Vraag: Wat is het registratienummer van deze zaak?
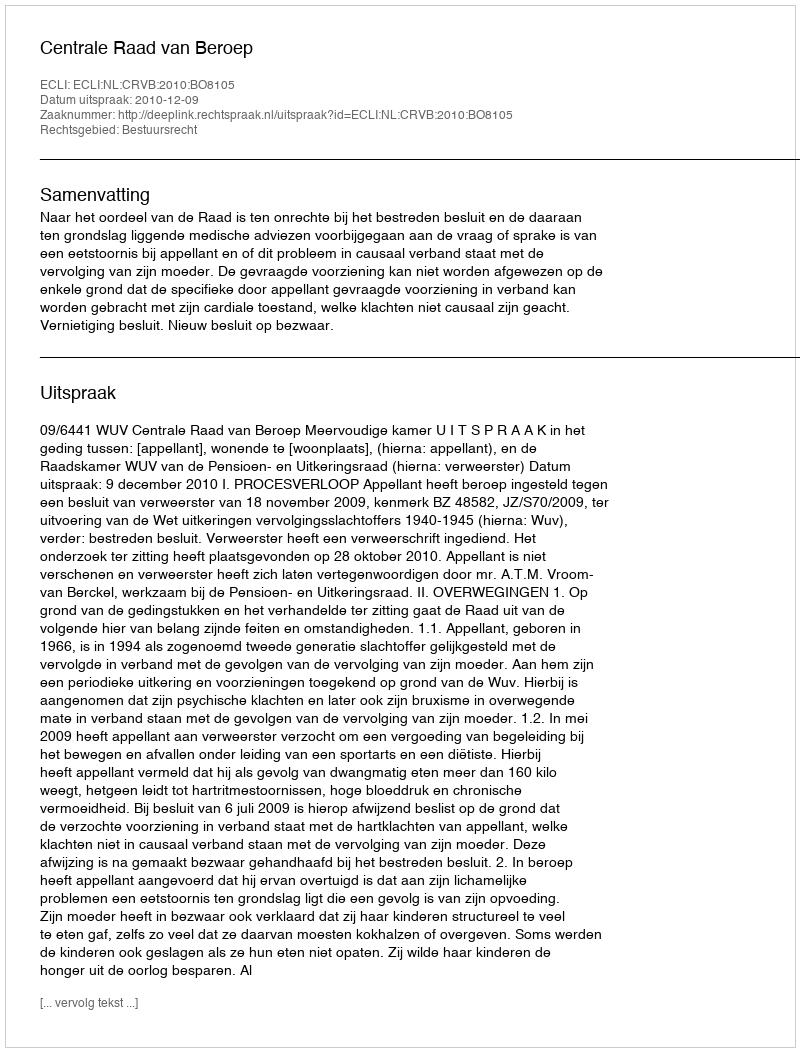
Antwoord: http://deeplink.rechtspraak.nl/uitspraak?id=ECLI:NL:CRVB:2010:BO8105